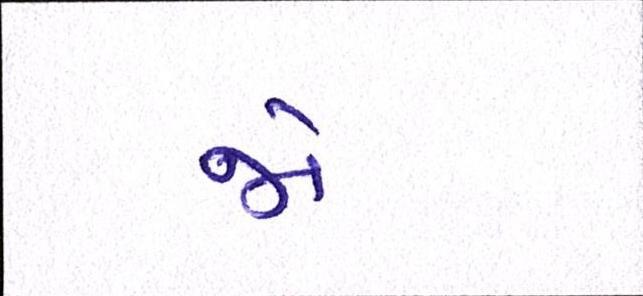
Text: જો